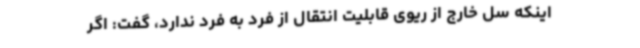
اینکه سل خارج از ریوی قابلیت انتقال از فرد به فرد ندارد، گفت: اگر